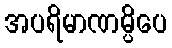
အပရိမာဏမ္ပိပေ